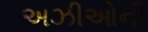
અઝીઓની